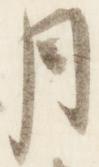
月